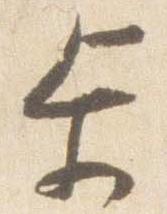
歩